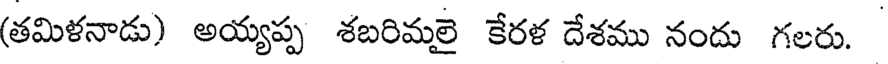
(తమిళనాడు) అయ్యప్ప శబరిమలై కేరళ దేశము నందు గలరు.